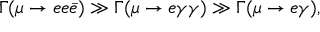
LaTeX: \Gamma ( \mu \rightarrow e e \bar { e } ) \gg \Gamma ( \mu \rightarrow e \gamma \gamma ) \gg \Gamma ( \mu \rightarrow e \gamma ) ,